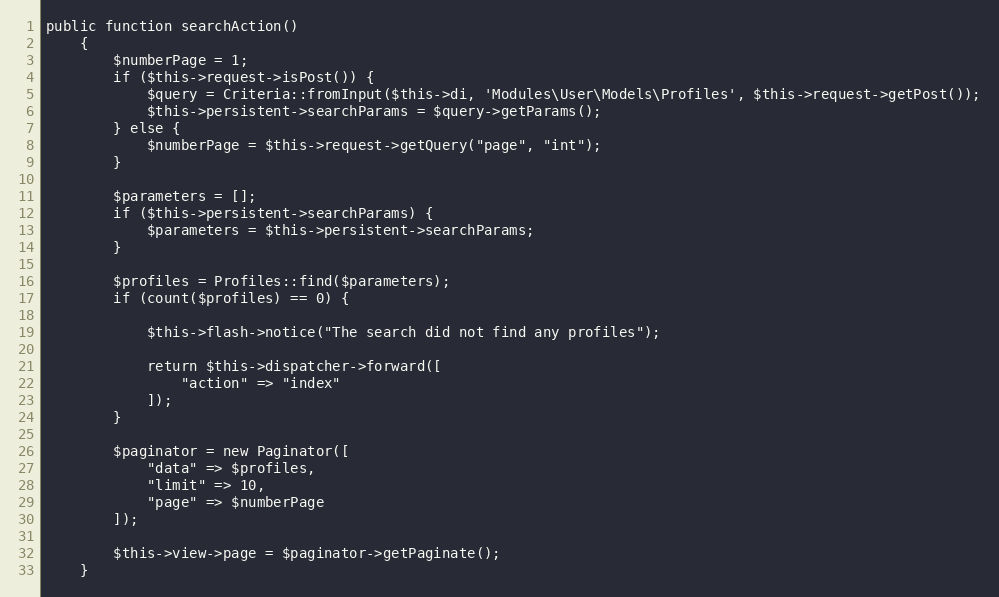
Language: PHP
public function searchAction()
    {
        $numberPage = 1;
        if ($this->request->isPost()) {
            $query = Criteria::fromInput($this->di, 'Modules\User\Models\Profiles', $this->request->getPost());
            $this->persistent->searchParams = $query->getParams();
        } else {
            $numberPage = $this->request->getQuery("page", "int");
        }

        $parameters = [];
        if ($this->persistent->searchParams) {
            $parameters = $this->persistent->searchParams;
        }

        $profiles = Profiles::find($parameters);
        if (count($profiles) == 0) {

            $this->flash->notice("The search did not find any profiles");

            return $this->dispatcher->forward([
                "action" => "index"
            ]);
        }

        $paginator = new Paginator([
            "data" => $profiles,
            "limit" => 10,
            "page" => $numberPage
        ]);

        $this->view->page = $paginator->getPaginate();
    }